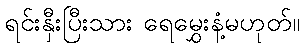
ရင်းနှီးပြီးသား ရေမွှေးနံ့မဟုတ်။